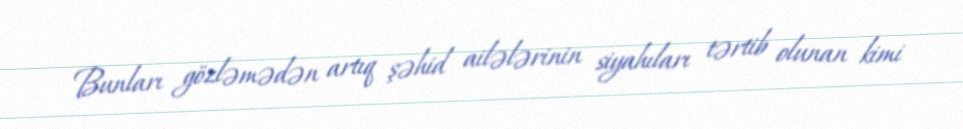
Bunları gözləmədən artıq şəhid ailələrinin siyahıları tərtib olunan kimi